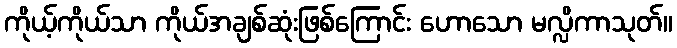
ကိုယ့်ကိုယ်သာ ကိုယ်အချစ်ဆုံးဖြစ်ကြောင်း ဟောသော မလ္လိကာသုတ်။